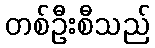
တစ်ဦးစီသည်